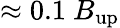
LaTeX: \approx 0.1~B_{\mathrm{up}}